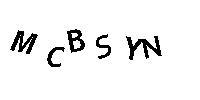
MCBSYN